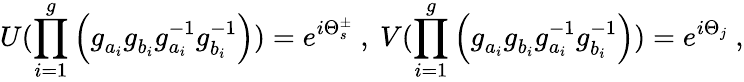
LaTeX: U(\prod_{i=1}^{g}\left(g_{a_{i}}^{~}g_{b_{i}}^{~}g_{a_{i}}^{-1}g_{b_{i}}^{-1}\right))=e^{i\Theta_{s}^{\pm}}~,~V(\prod_{i=1}^{g}\left(g_{a_{i}}^{~}g_{b_{i}}^{~}g_{a_{i}}^{-1}g_{b_{i}}^{-1}\right))=e^{i\Theta_{j}}~,